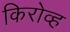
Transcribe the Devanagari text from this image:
किरोव्ह